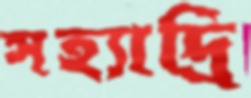
সহ্যাদ্রি